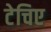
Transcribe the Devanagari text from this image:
टेचिए